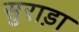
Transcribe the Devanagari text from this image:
सुराड़ा